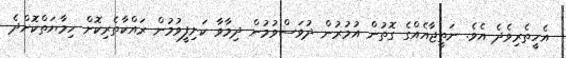
އެހީތެރިވެދެ އެވެ. ނަތީޖާއެއްގެ ގޮތުން އުމުރުން ދުވަސްވުމުން ދިމާވާ ކަށިފީވުމުން ރައްކާތެރިކޮށް ހިމާޔަތްކޮށްދެ